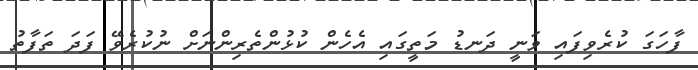
ފާހަގަ ކުރެވިފައި ވަނީ ދަނޑު މަތީގައި އެހެން ކުޅުންތެރިންނަށް ނުކުރެވޭ ފަދަ ތަފާތު